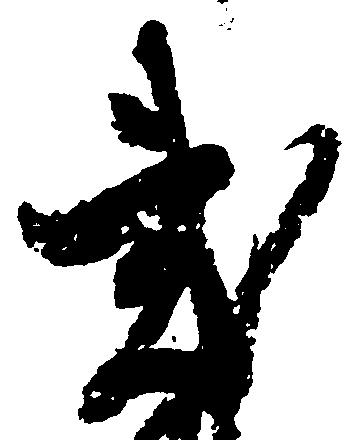
弐